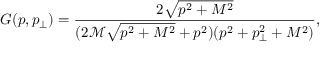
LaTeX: G ( p , p _ { \perp } ) = \frac { 2 \sqrt { p ^ { 2 } + M ^ { 2 } } } { ( 2 \mathcal { M } \sqrt { p ^ { 2 } + M ^ { 2 } } + p ^ { 2 } ) ( p ^ { 2 } + p _ { \perp } ^ { 2 } + M ^ { 2 } ) } ,